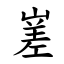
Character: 嵳